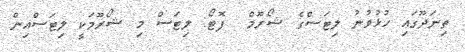
ތިނަދޫގައި ހުޅުވުނު ލިޓަސްގެ ޝޯރޫމް  ފޮޓޯ: ލިޓަސް މި ޝޯރޫމަކީ ލިޓަސްއިން